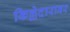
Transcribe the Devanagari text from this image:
किल्लेदारावर